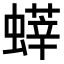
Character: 𧐞